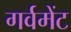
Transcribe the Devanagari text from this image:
गर्वमेंट